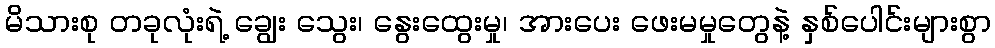
မိသားစု တခုလုံးရဲ့ ချွေး သွေး၊ နွေးထွေးမှု၊ အားပေး ဖေးမမှုတွေနဲ့ နှစ်ပေါင်းများစွာ